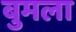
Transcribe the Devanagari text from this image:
बुमला